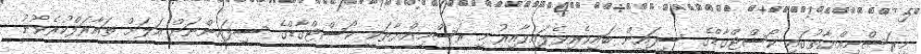
މިރަސްމިއްޔާތުގައި ކޯސްޓްގާޑްގެ ސިފައިން ބައިވެރިވެފައިވާއިރު މި ރަސްމިއްޔާތަކީ ކޯސްޓްގާޑްގެ ސިފައިންނަށް އަލަށް ތައާރަފްކުރެވުނު